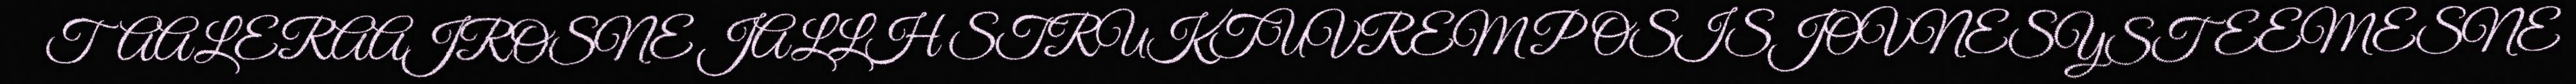
TAALERAAJROSNE JALLH STRUKTUVREM POSISJOVNESYSTEEMESNE